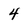
Character: 4